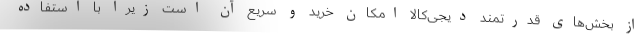
از بخش‌های قدرتمند دیجی‌کالا امکان خرید و سریع آن است زیرا با استفاده